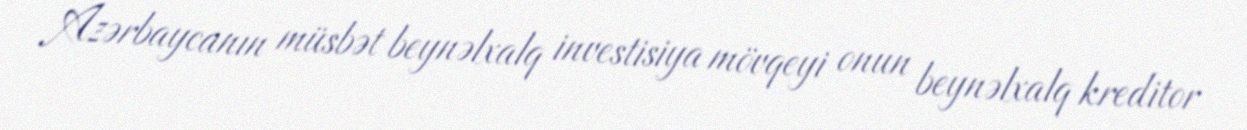
Azərbaycanın müsbət beynəlxalq investisiya mövqeyi onun beynəlxalq kreditor